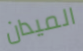
الميدان